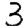
Digit: 3